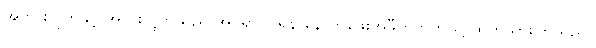
အဘွားဂျုတ်နှင့် အဘိုးဂျုတ်သည် အိပ်ရာဝင်ရန် နောက်ဖေးအဖီတဲဘက်သို့ ထွက်သွားကြသည်။